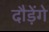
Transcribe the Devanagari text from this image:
दौड़ेंगे